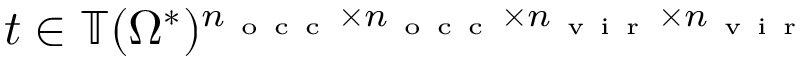
t \in \mathbb { T } ( \Omega ^ { * } ) ^ { n _ { \mathrm { ~ o ~ c ~ c ~ } } \times n _ { \mathrm { ~ o ~ c ~ c ~ } } \times n _ { \mathrm { ~ v ~ i ~ r ~ } } \times n _ { \mathrm { ~ v ~ i ~ r ~ } } }